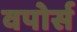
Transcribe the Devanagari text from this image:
वपोर्स